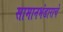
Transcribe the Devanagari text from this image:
सामानभंडाराचे